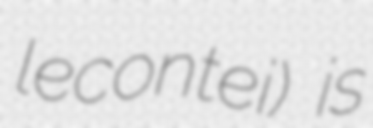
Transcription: lecontei) is